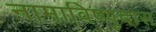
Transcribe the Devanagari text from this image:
नामाविष्णुदास